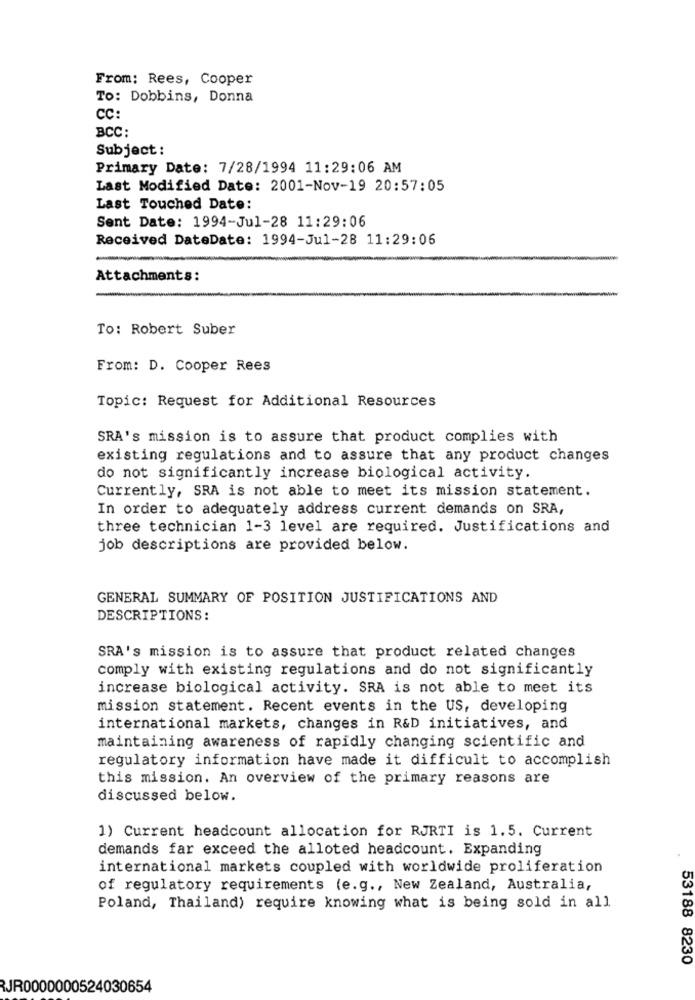
From: Rees, Cooper
To: Dobbins, Donna
CC:
BCC:
Subject :
Primary Date: 7/28/1994 11:29:06 AM
Last Modified Date: 2001-Nov-19 20:57:05
Last Touched Date:
Sent Date: 1994-Jul-28 11:29:06
Received DateDate: 1994-Jul-28 11:29:06
Attachments:
To: Robert Suber
From: D. Cooper Rees
Topic: Request for Additional Resources
SRA's mission is to assure that product complies with
existing regulations and to assure that any product changes
do not significantly increase biological activity.
Currently, SRA is not able to meet its mission statement.
In order to adequately address current demands on SRA,
three technician 1-3 level are required. Justifications and
job descriptions are provided below.
GENERAL SUMMARY OF POSITION JUSTIFICATIONS AND
DESCRIPTIONS:
SRA's mission is to assure that product related changes
comply with existing regulations and do not significantly
increase biological activity. SRA is not able to meet its
mission statement. Recent events in the US, developing
international markets, changes in R&D initiatives, and
maintaining awareness of rapidly changing scientific and
regulatory information have made it difficult to accomplish
this mission. An overview of the primary reasons are
discussed below.
1) Current headcount allocation for RJRTI is 1.5. Current
demands far exceed the alloted headcount. Expanding
international markets coupled with worldwide proliferation
of regulatory requirements (e.g ., New Zealand, Australia,
Poland, Thailand) require knowing what is being sold in all
53188 8230
JR0000000524030654